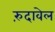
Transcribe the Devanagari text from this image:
रुंदावेल